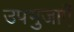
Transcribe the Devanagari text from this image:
उपभुजाएँ